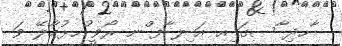
ާހދި ާސގަ ިއ އަ ިލ ާފ ްނ ރޯވީ ުހޅުމާލޭ ވަ